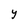
Character: Y